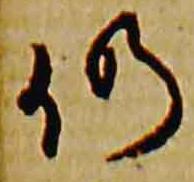
仍